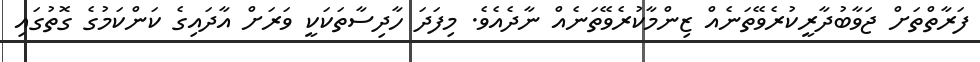
ފަރާތްތަށް ޖަވާބުދާރީކުރެވޭތަނެއް ޒިންމާކުރެވޭތަނެއް ނާދެއެވެ. މިފަދަ ހާދިސާތަކަކީ ވަރަށް އާދައިގެ ކަންކަމުގެ ގޮތުގައި